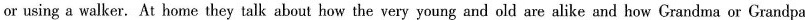
or using a walker. At home they talk about how the very young and old are alike and how Grandma or Grandpa